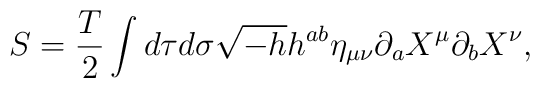
S= \frac{T}{2} \int d\tau d\sigma  \sqrt{-h}h^{ab} \eta_{\mu\nu} \partial_{a} X^{\mu} \partial_{b}X^{\nu}   ,